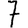
Digit: 7